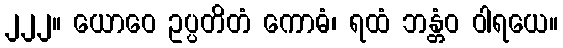
၂၂၂။ ယောဝေ ဥပ္ပတိတံ ကောဓံ၊ ရထံ ဘန္တံဝ ဝါရယေ။